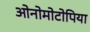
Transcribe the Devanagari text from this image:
ओनोमोटोपिया